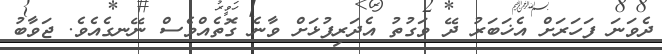
ދެވަނަ ފަހަރަށް އެޚަބަރު ދޭ ވަގުތު އެދަރިފުޅަށް ވާނެ ގޮތެއްވެސް ނޭނގެއެވެ. ޖަވާބު